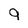
Character: 9